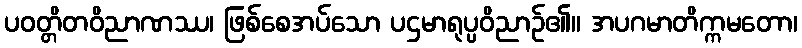
ပဝတ္တိတဝိညာဏဿ၊ ဖြစ်စေအပ်သော ပဌမာရုပ္ပဝိညာဉ်၏။ အပဂမာတိက္ကမတော၊